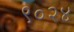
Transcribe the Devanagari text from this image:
९०२४